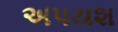
અપયશ